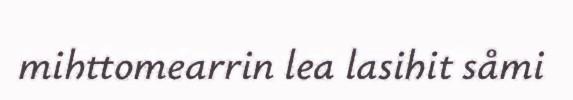
mihttomearrin lea lasihit såmi